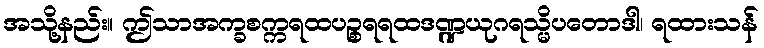
အသို့နည်း။ ဤသာအက္ခစက္ကရထပဉ္စရရထဒဏ္ဍယုဂရသ္မိပတောဒါ၊ ရထားသန်